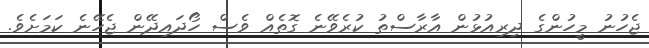
ޖެހުނު މީހުންގެ ދިރިއުޅުން އާރާސްތު ކުރެވޭނެ ގޮތެއް ވެސް ހޯދައިދޭން ޖެހޭނެ ކަމަށެވެ.